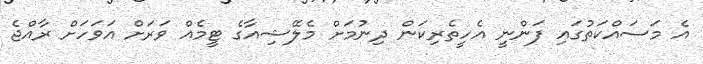
އެ މަސައްކަތުގައި ފަންނީ އެހީތެރިކަން ދިނުމަށް މެލޭޝިއާގެ ޓީމެއް ވަރަށް އަވަހަށް ރާއްޖެ